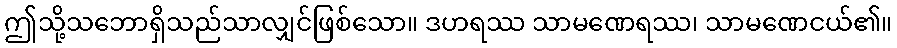
ဤသို့သဘောရှိသည်သာလျှင်ဖြစ်သော။ ဒဟရဿ သာမဏေရဿ၊ သာမဏေငယ်၏။